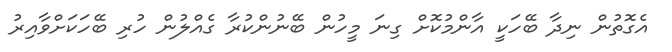
އެގޮތުން ނިދާ ބޭހަކީ އާންމުކޮށް ގިނަ މީހުން ބޭނުންކުރާ ގެއްލުން ހުރި ބޭހަކަށްވާއިރު